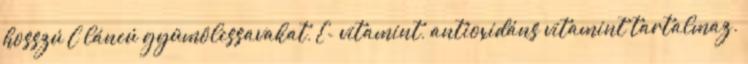
hosszú C láncú gyümölcssavakat, E- vitamint, antioxidáns vitamint tartalmaz.